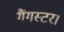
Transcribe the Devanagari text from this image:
गैंगस्टर।